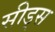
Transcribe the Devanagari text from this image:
सीड्‌स